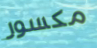
مكسور